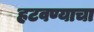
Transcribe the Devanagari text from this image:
हटवण्याचा